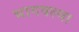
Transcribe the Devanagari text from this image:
भागवल्या